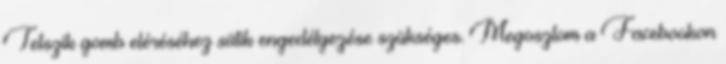
Tetszik gomb eléréséhez sütik engedélyezése szükséges. Megosztom a Facebookon